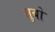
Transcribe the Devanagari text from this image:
सुबो